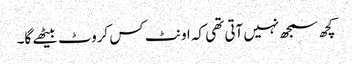
کچھ سمجھ نہیں آتی تھی کہ اونٹ کس کروٹ بیٹھے گا۔